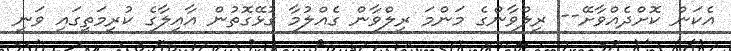
އެކަން ކޮށްދެއްވާށޭ-- ރިލްވާންގެ މަންމަ ރިލްވާން ގެއްލުމާ ގުޅޭގޮތުން އާއިލާގެ ކުރިމަތީގައި ވަނީ